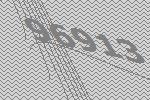
96913